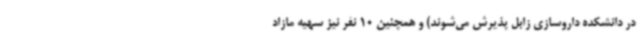
در دانشکده داروسازی زابل پذیرش می‌شوند) و همچنین 10 نفر نیز سهیه مازاد